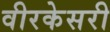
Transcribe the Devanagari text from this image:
वीरकेसरी